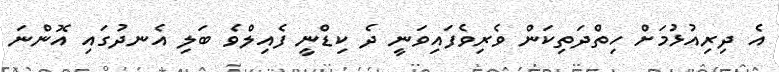
އެ ދިރިއުޅުމަށް ހިތްދަތިކަން ވެރިވެފައިވަނީ ދެ ކިޑްނީ ފެއިލްވެ ބަލި އެނދުގައި އޮންނަ